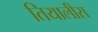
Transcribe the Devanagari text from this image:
तियालीस